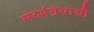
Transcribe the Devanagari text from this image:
संदर्भग्रंथांची